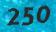
250